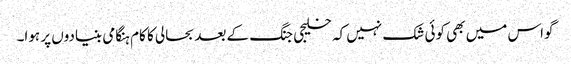
گواس میں بھی کوئی شک نہیں کہ خلیجی جنگ کے بعد بحالی کا کام ہنگامی بنیادوں پر ہوا۔